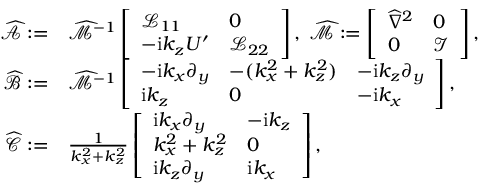
\begin{array} { r l } { \widehat { \mathcal { A } } : = } & { \widehat { \mathcal { M } } ^ { - 1 } \left[ \begin{array} { l l } { \mathcal { L } _ { 1 1 } } & { 0 } \\ { - \mathrm { i } k _ { z } U ^ { \prime } } & { \mathcal { L } _ { 2 2 } } \end{array} \right] , \; \widehat { \mathcal { M } } : = \left[ \begin{array} { l l } { \widehat { \nabla } ^ { 2 } } & { 0 } \\ { 0 } & { \mathcal { I } } \end{array} \right] , } \\ { \mathcal { \widehat { B } } : = } & { \widehat { \mathcal { M } } ^ { - 1 } \left[ \begin{array} { l l l } { - \mathrm { i } k _ { x } \partial _ { y } } & { - ( k _ { x } ^ { 2 } + k _ { z } ^ { 2 } ) } & { - \mathrm { i } k _ { z } \partial _ { y } } \\ { \mathrm { i } k _ { z } } & { 0 } & { - \mathrm { i } k _ { x } } \end{array} \right] , } \\ { \mathcal { \widehat { C } } : = } & { \frac { 1 } { k _ { x } ^ { 2 } + k _ { z } ^ { 2 } } \left[ \begin{array} { l l } { \mathrm { i } k _ { x } \partial _ { y } } & { - \mathrm { i } k _ { z } } \\ { k _ { x } ^ { 2 } + k _ { z } ^ { 2 } } & { 0 } \\ { \mathrm { i } k _ { z } \partial _ { y } } & { \mathrm { i } k _ { x } } \end{array} \right] , } \end{array}